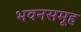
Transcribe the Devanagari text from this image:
भवनसमूह